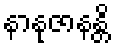
နာနုဇာနန္တိ